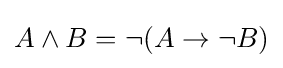
A\land B=\neg (A\to \neg B)